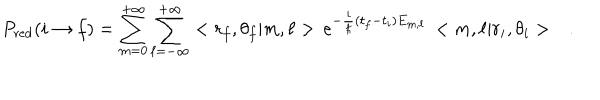
P _ { \mathrm { r e d } } ( i \rightarrow f ) = \sum _ { m = 0 } ^ { + \infty } \sum _ { \ell = - \infty } ^ { + \infty } < r _ { f } , \theta _ { f } | m , \ell > \, e ^ { - \frac { i } { \hbar } ( t _ { f } - t _ { i } ) E _ { m , \ell } } \, < m , \ell | r _ { i } , \theta _ { i } > \ \ \ .